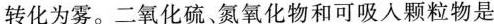
转化为雾。二氧化硫、氮氧化物和可吸入颗粒物是